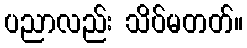
ပညာလည်း သိပ်မတတ်။